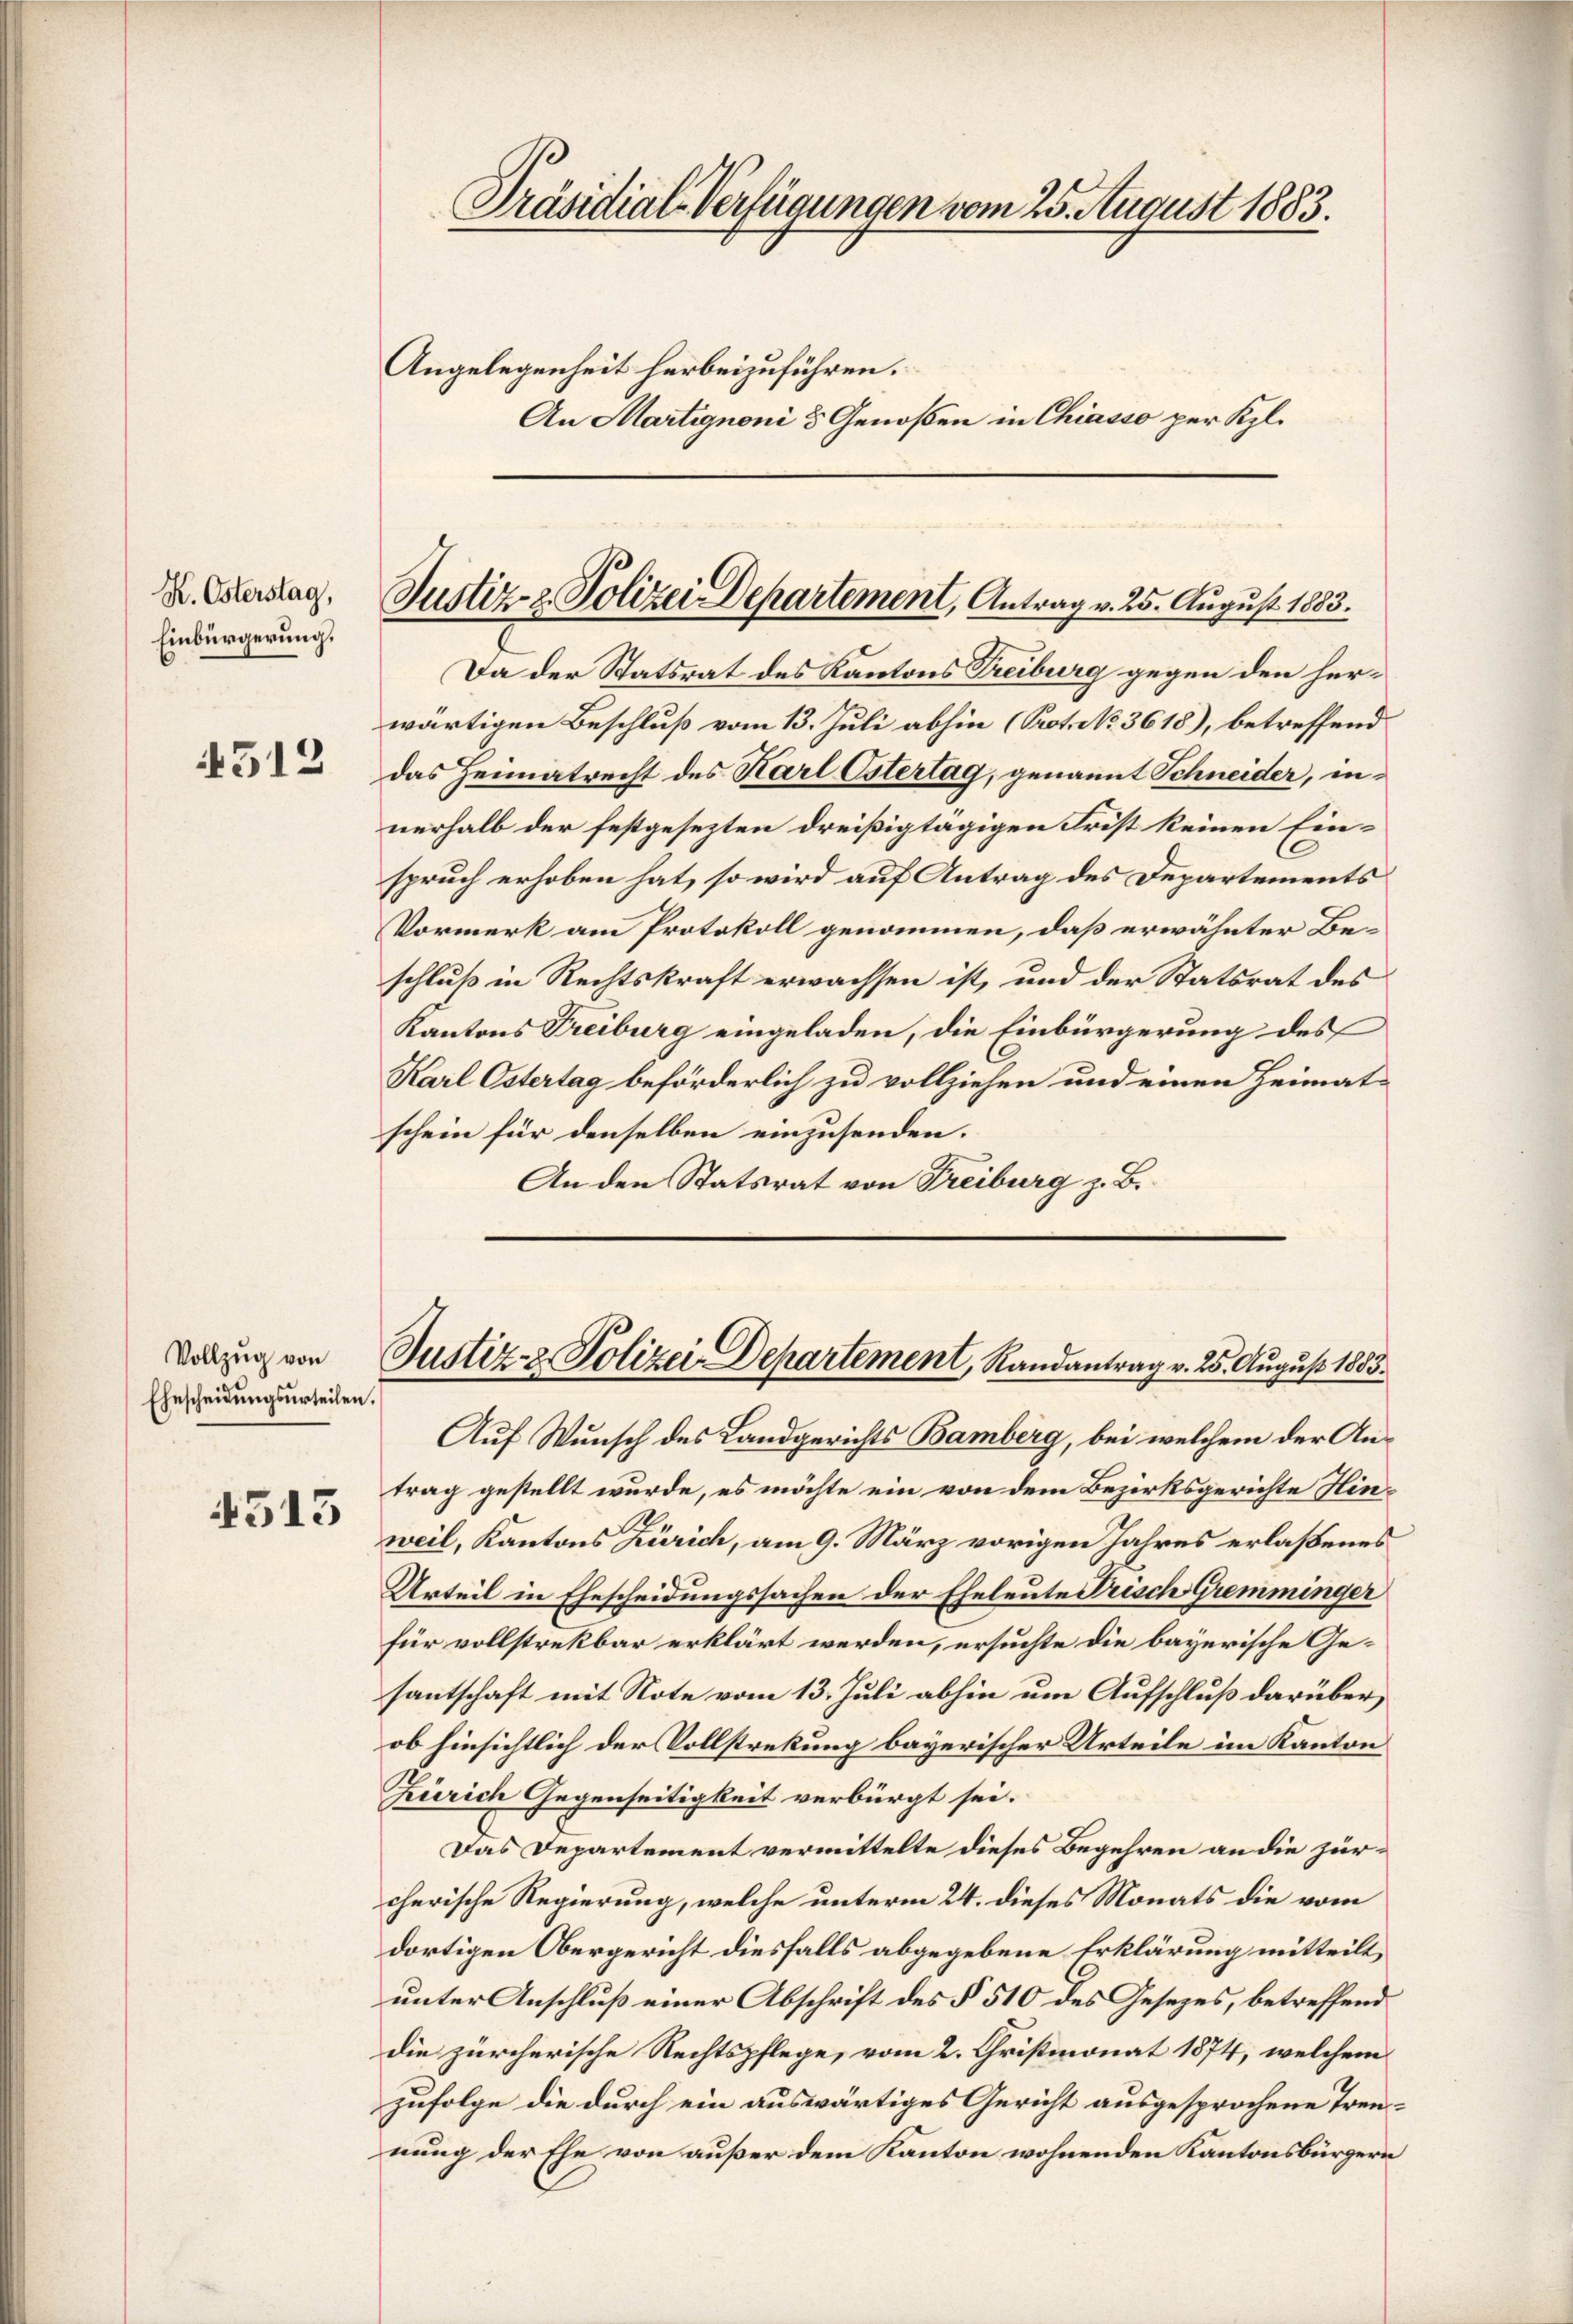
K. Österstag,
Einbürgerung.

4512

Vollzug von
Ehescheidungsurteilen.

513

Präsidial-Verfügungen vom 25. August 1883.
Angelegenheit herbeizuführen.
An Martignoni 3 Genoßen in Chiasso per Kl.

Justiz- & Polizei Departement, Antrag v. 25. August 1883.

Da der Statsrat des Kantons Treiburg gegen den herwärtigen Beschluß vom 13. Juli abhin (Prot. No. 3618), betreffend
das Heimatrecht des Karl Ostertag, genannt Schneider, innerhalb der festgesezten dreißigtägigen Frist keinen Einspruch erhoben hat, so wird auf Antrag des Departements
Vormerk am Protokoll genommen, daß erwähnter Be-
schluß in Rechtskraft erwachsen ist, und der Statsrat des
Kantons Treiburg eingeladen, die Einbürgerung des
Karl Ostertag beförderlich zu vollziehen und einen Heimat-
schein für denselben einzusenden.
An den Statsrat von Freiburg z. B.

Justiz- & Polizei Departement, Randantrag v. 25. August 1883.

Auf Wunsch des Landgerichts Bamberg, bei welchem der Antrag gestellt wurde, es möchte ein von dem Bezirksgerichte Hinweil, Kantons Zürich, am 9. März vorigen Jahres erlaßenes
Urteil in Ehescheidungssachen der Eheleute Frisch Gremminger
für vollstrekbar erklärt werden, ersuchte die bayerische Gesantschaft mit Note vom 13. Juli abhin um Aufschluß darüber,
ob hinsichtlich der Vollstreckung bayerischer Urteile im Kanton
Zürich Gegenseitigkeit verbürgt sei.
Das Departement vermittelte dieses Begehren an die zürcherische Regierung, welche unterm 24. dieses Monats die vom
dortigen Obergericht diesfalls abgegebene Erklärung mitteilt,
unter Anschluß einer Abschrift des § 510 des Gesetzes, betreffend
die zürcherische Rechtspflege, vom 2. Christmonat 1874, welchem
zufolge die durch ein auswärtiges Gericht ausgesprochene Trennung der Ehe von außer dem Kanton wohnenden Kantonsbürgern